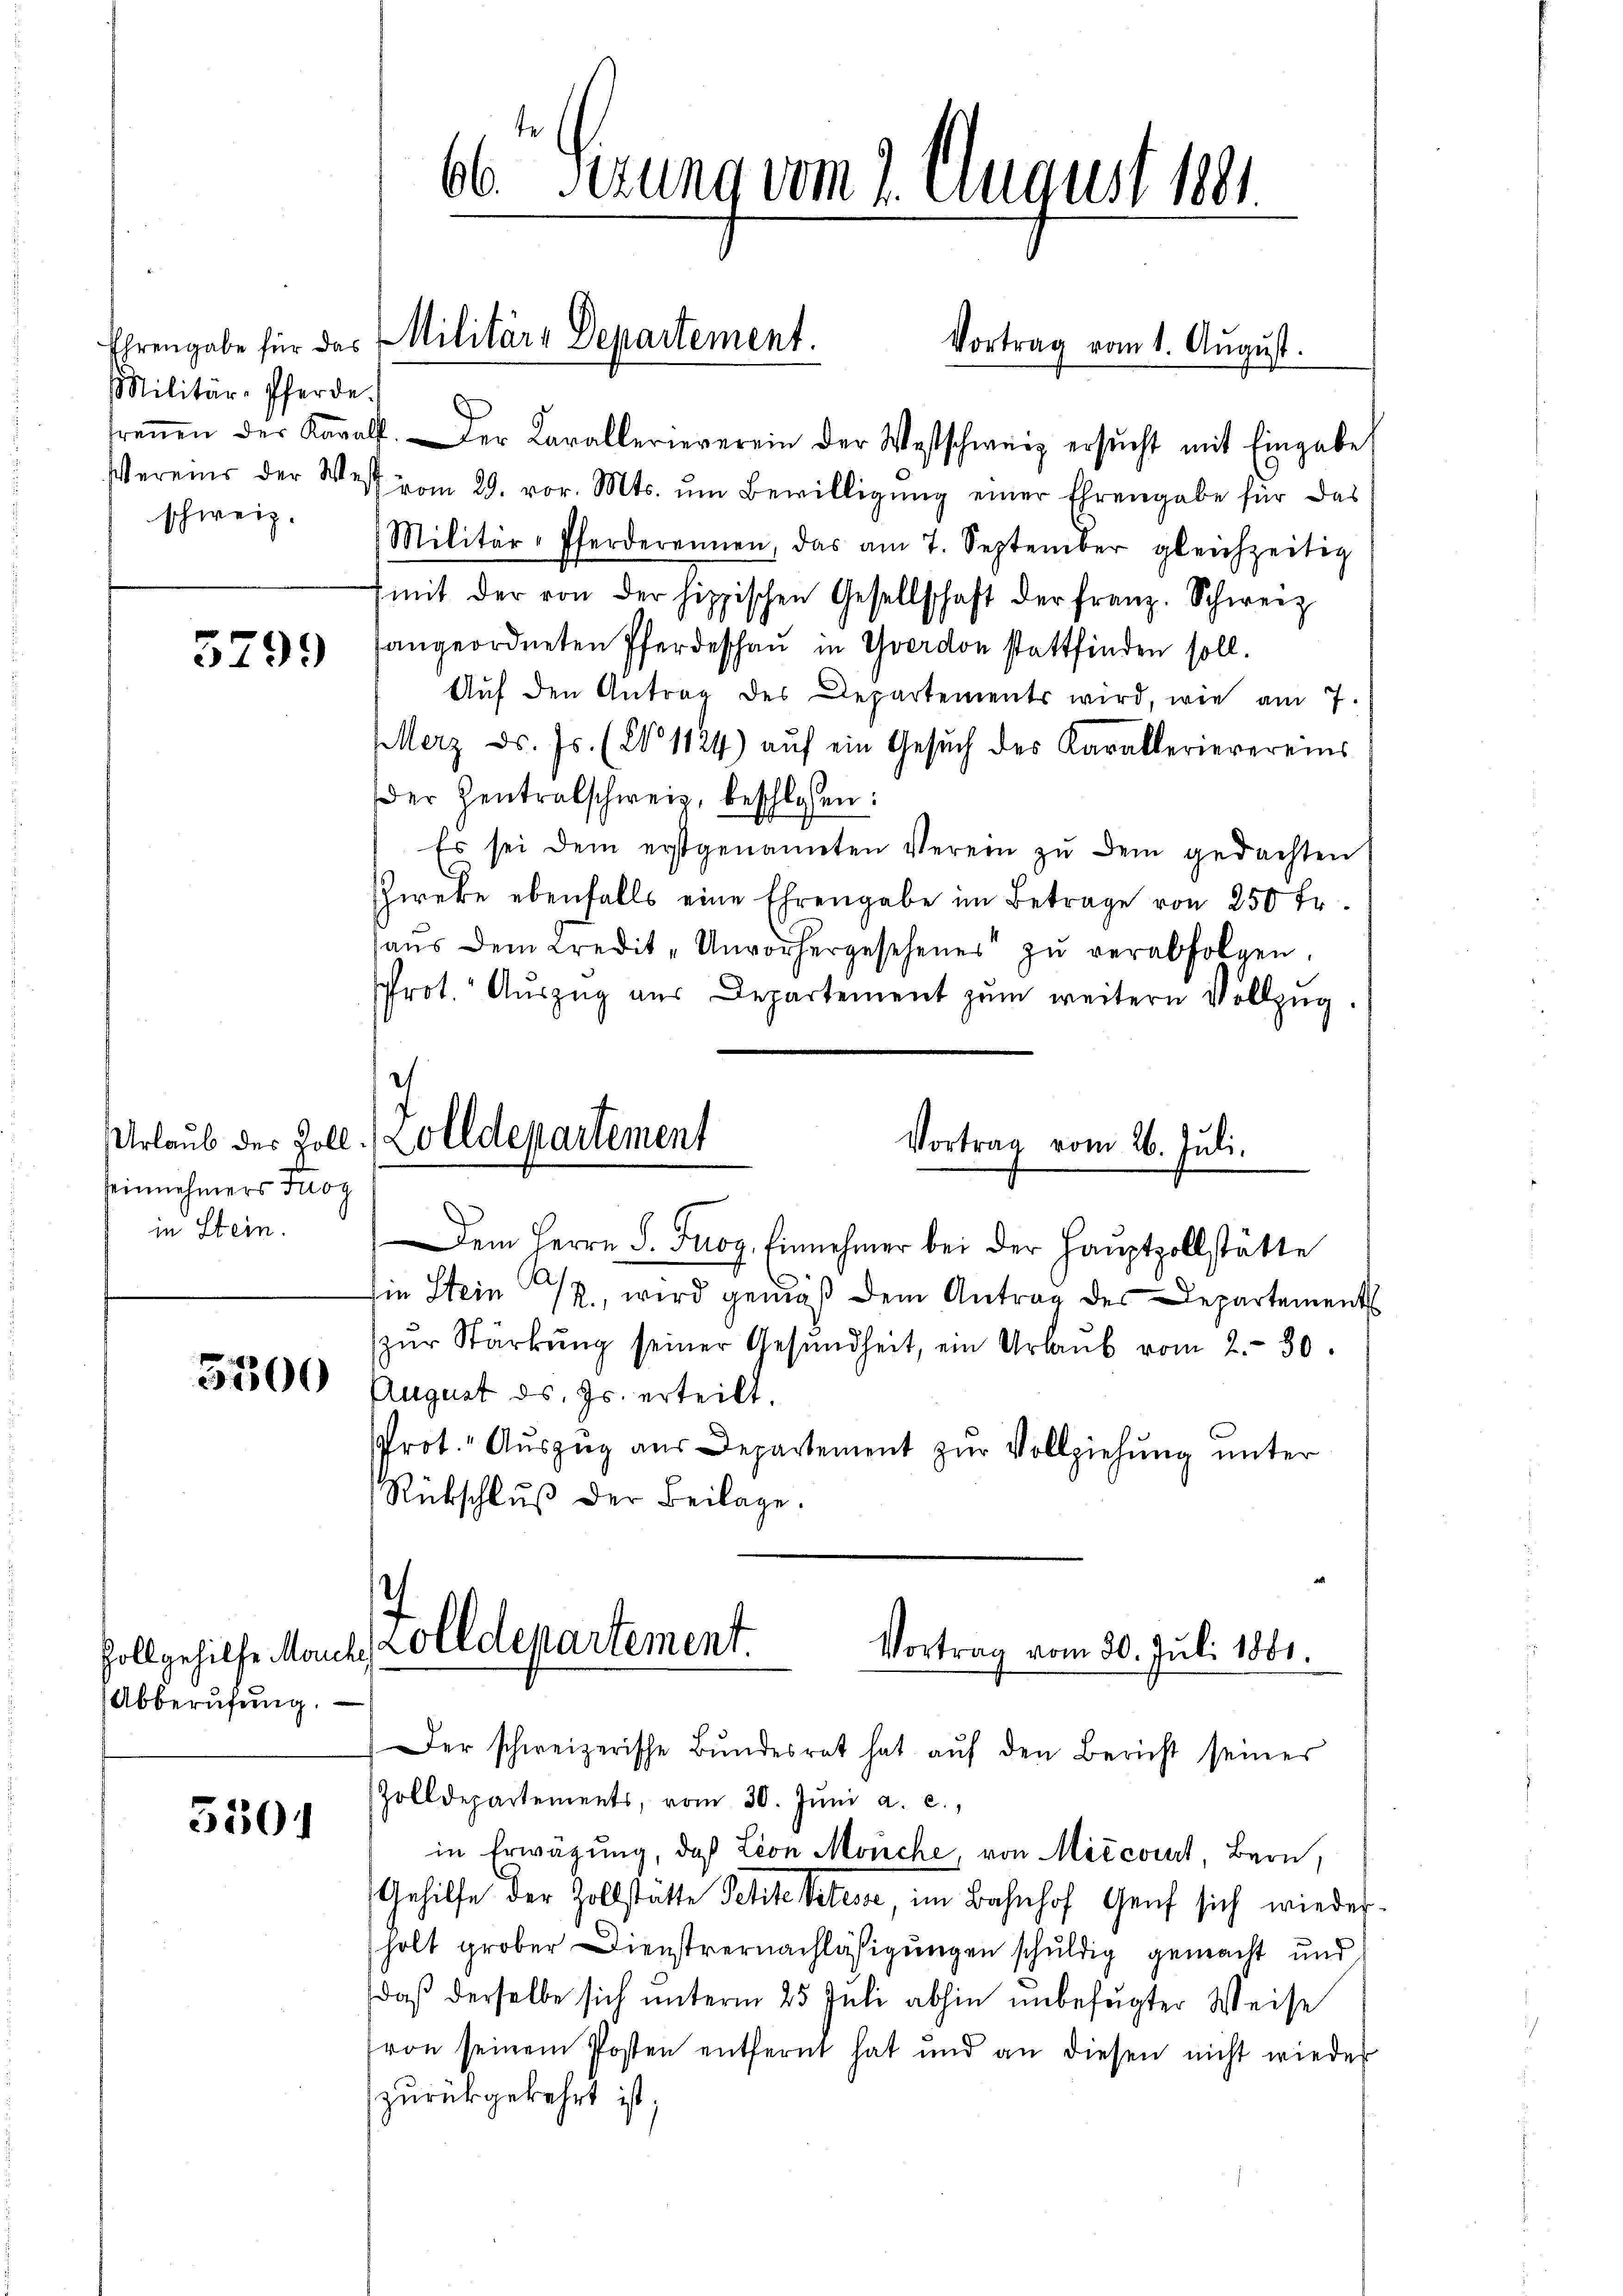
Militär-Pferde.
schweiz.

5299

einnehmers Trog
in Stein.

3300

holl gehilfe Manche
Abberufung.

5301

trennen der Kavalf. Der Karallerieverein der Westschweiz ersŭcht mit Eingabe
Vereins der West vom 29. vor. Mts. ŭm Bewilligŭng einer Ehrengabe für das
Militär-Pferderennen, das am 7. September gleichzeitig
(mit der von der hippischen Gesellschaft der Franz. Schweiz
angeordneten Pferdeschau in Yverdon stattfinden soll.
Aŭf den Antrag des Departements wird, wie am 7.
EMerz d. Js. (§ 1124) aŭf ein Gesŭch des Karallerievereins
der Zentralschweiz, beschlossen:
Es sei dem erstgenannten Verein zŭ dem gedachten
Zweke ebenfalls eine Ehrengabe im Betrage von 250 fr.
aŭs dem Credit-Unvorhergesehenes zŭ verabfolgen.
rot. Auszug aus Departement zŭm weitern Vollzug.
e
Urlaub der Zoll. Zolldepartement
Vortrag vom 26. Juli.

66 Serung vom 2. August her

Ehrengabe für das Militäre Departement.
Vortrag vom 1. August.

Dem Herrn S. Trog Einnehmer bei der Haŭptzollstätte

sie Stein PR., wird gemäß dem Antrag des Departements
zŭr Stärkŭng seiner Gesŭndheit, ein Urlaŭb vom 2. 30.
August ds. Js. erteilt.
Prot. Aŭszŭg aŭs Departement zŭr Vollziehung unter
Rükschluß der Beilage.

olldepartement.
Vortrag vom 20. Juli 1881.

Der schweizerische Bŭndesrat hat aŭf den Bericht seines
Zolldepartements, vom 30. Jŭni a. c.,
in Erwägung, daß Lion Mönche, von Miccourt, Bern,
Gehilfe der Zollstätte Petite Petes, im Bahnhof Genf sich wiederholt grober Dienstvernachläßigungen schuldig gemacht und
daß derselbe sich unterm 25. Juli abhin unbefugter Weise
von seinem Posten entfernt hat und an diesen nicht wieder
zurückgekehrt ist;